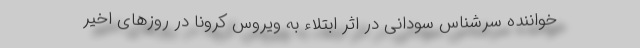
خواننده سرشناس سودانی در اثر ابتلاء به ویروس کرونا در روزهای اخیر